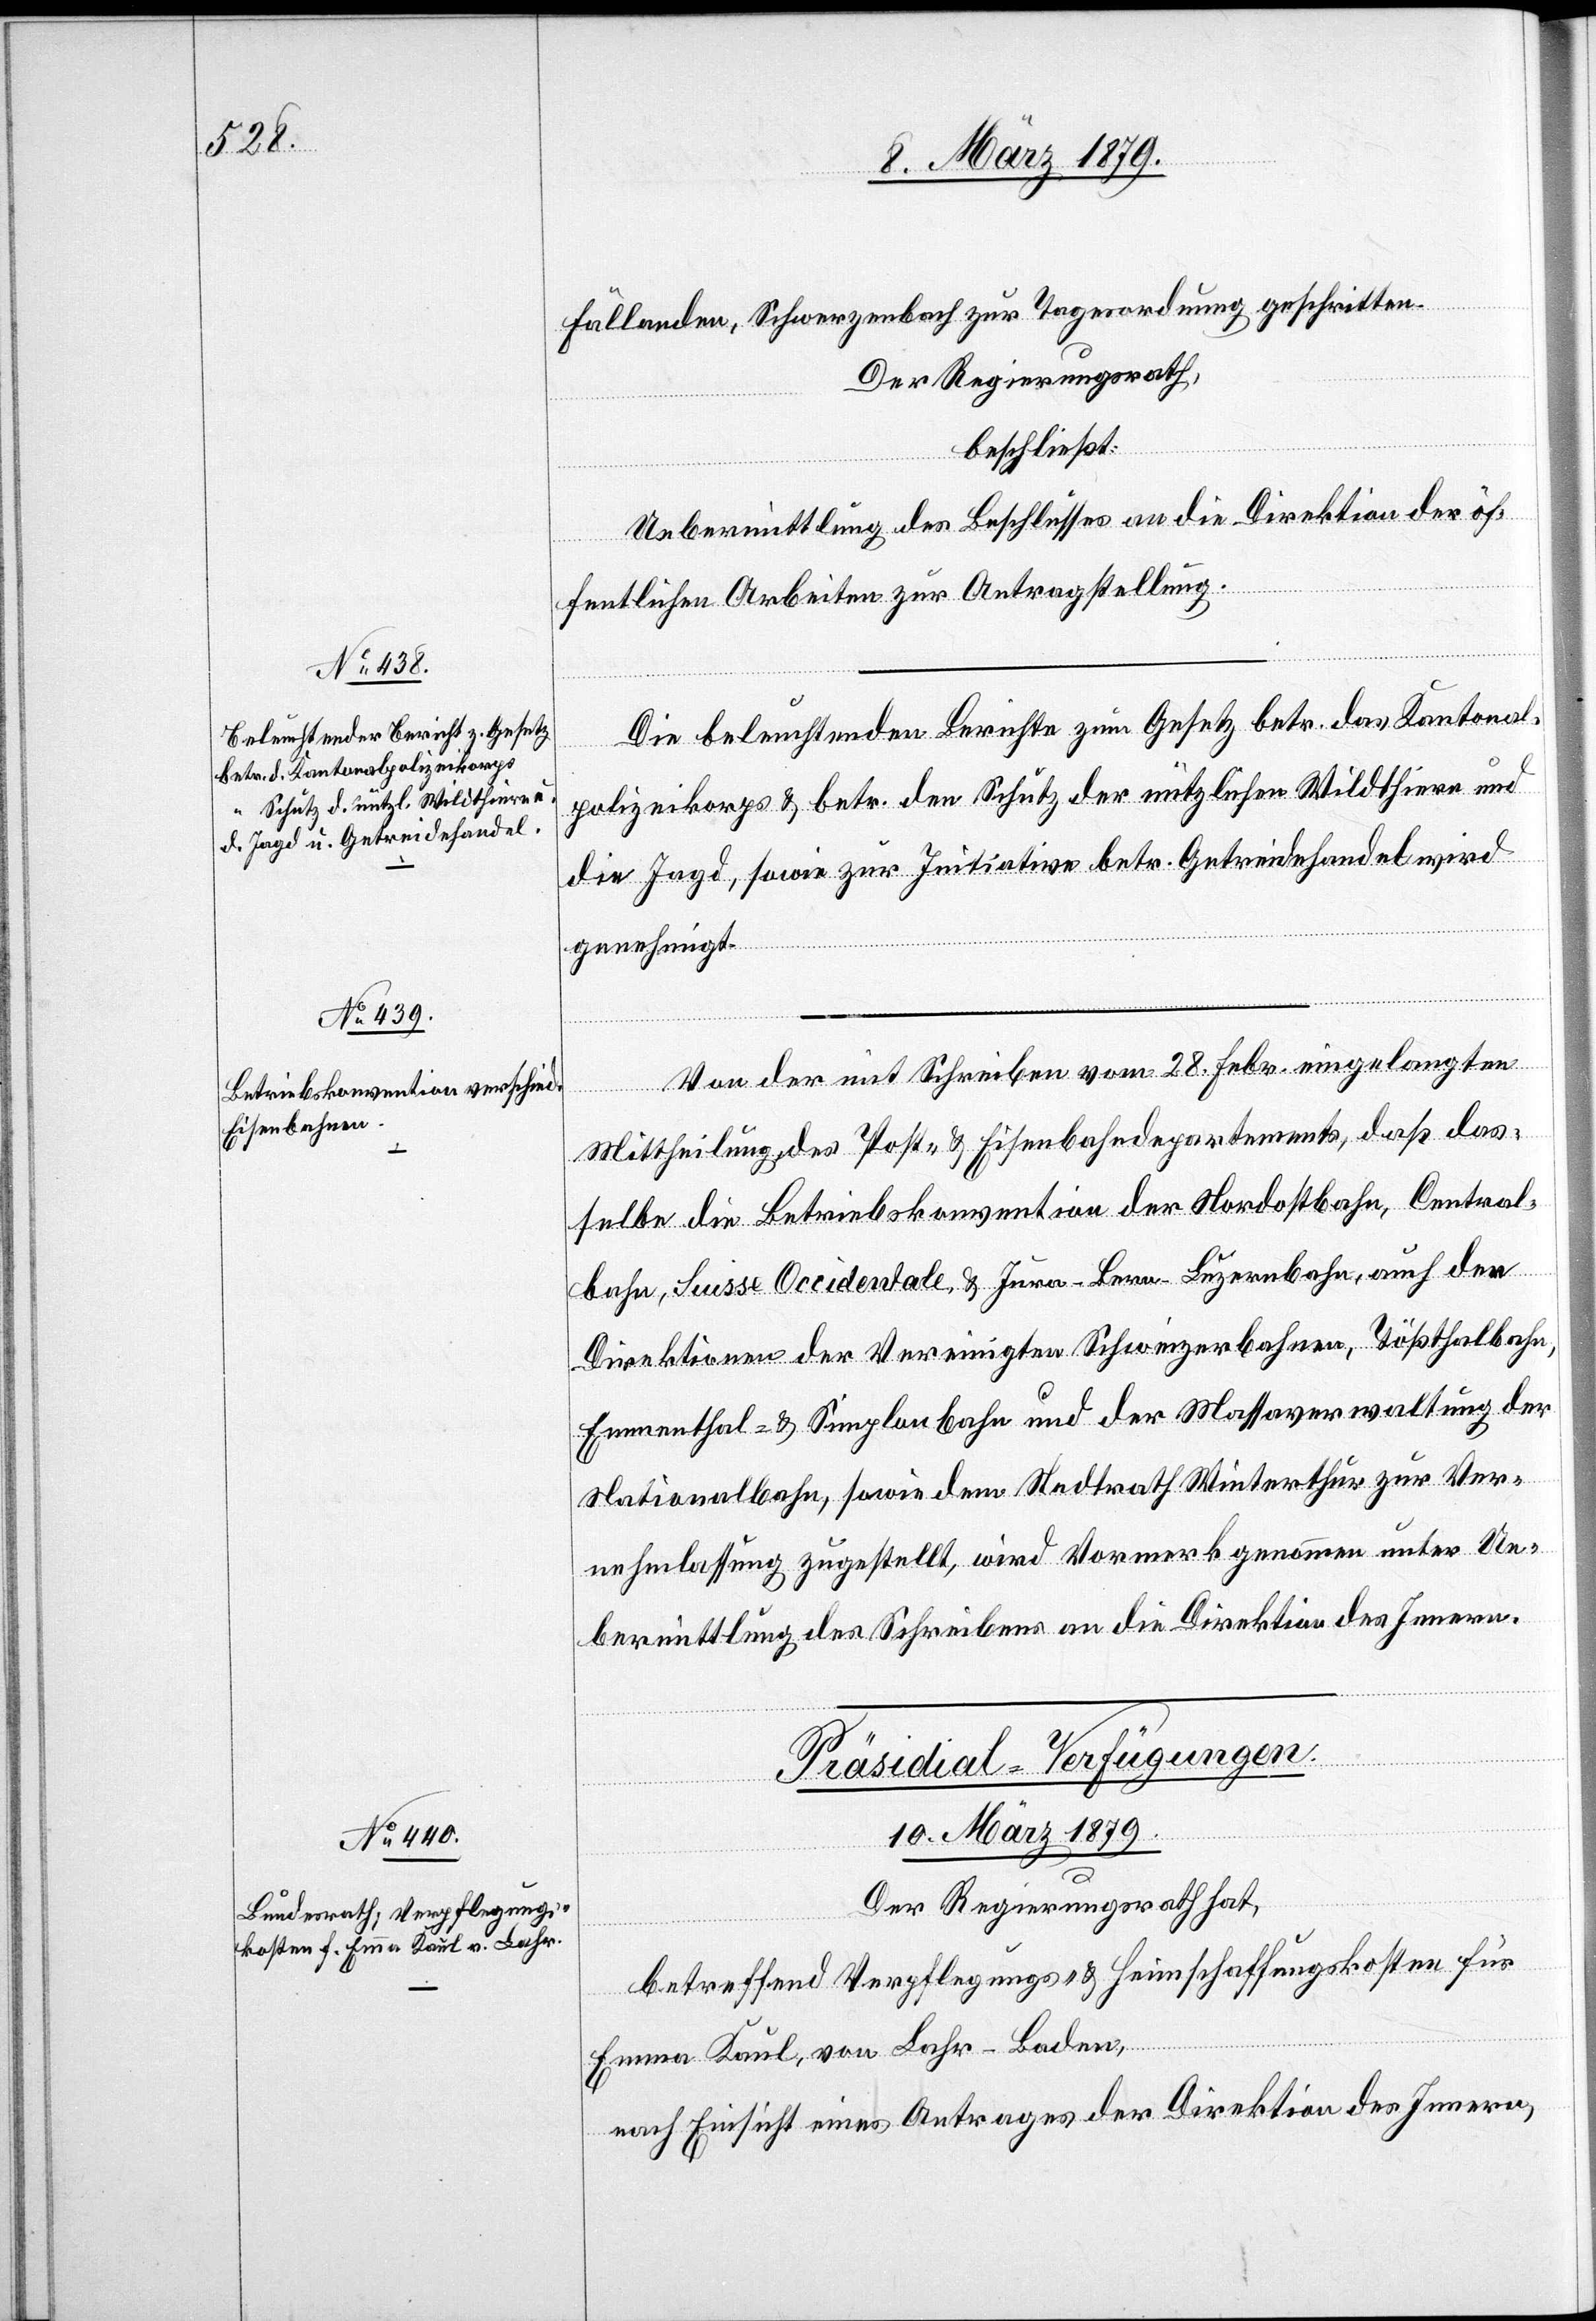
Fällanden, Schwerzenbach zur Tagesordnung geschritten.
Der Regierungsrath,
beschließt:
Uebermittlung des Beschlusses an die Direktion der öf¬
fentlichen Arbeiten zur Antragstellung.
Die beleuchtenden Berichte zum Gesetz betr. das Kantonal¬
polizeikorps & betr. den Schutz der nützlichen Wildthiere und
die Jagd, sowie zur Initiative betr. Getreidehandel wird
genehmigt.
Von der mit Schreiben vom 28. Febr. eingelangten
Mittheilung des Post- & Eisenbahndepartements, daß das¬
selbe die Betriebskonvention der Nordostbahn, Central¬
bahn, Suisse Occidentale & Jura–Bern–Luzernbahn, auch den
Direktionen der Vereinigten Schweizerbahnen, Tößthalbahn,
Emmenthal- & Simplonbahn und der Massaverwaltung der
Nationalbahn, sowie dem Stadtrath Winterthur zur Ver¬
nehmlassung zugestellt, wird Vormerk genommen unter Ue¬
bermittlung des Schreibens an die Direktion des Innern.
Präsidial-Verfügungen.
10. März 1879.
Der Regierungsrath hat,
betreffend Verpflegungs- & Heimschaffungskosten für
Emma Kaul, von Lahr - Baden,
nach Einsicht eines Antrages der Direktion des Innern,